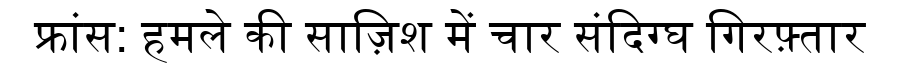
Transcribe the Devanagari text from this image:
फ्रांस: हमले की साज़िश में चार संदिग्घ गिरफ़्तार